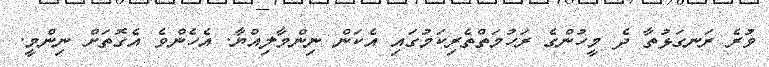
ވުރެ ރަނގަޅުތާ ދެ މީހުންގެ ރަހުމަތްތެރިކަމުގައި އެކަން ނިންމާލިއްޔާ. އެހެންވެ އެގޮތަށް ނިންމީ.